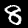
Label: 8